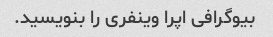
بیوگرافی اپرا وینفری را بنویسید.